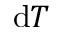
\mathrm { d } T